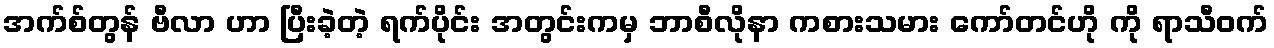
အက်စ်တွန် ဗီလာ ဟာ ပြီးခဲ့တဲ့ ရက်ပိုင်း အတွင်းကမှ ဘာစီလိုနာ ကစားသမား ကော်တင်ဟို ကို ရာသီဝက်